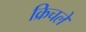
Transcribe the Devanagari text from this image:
क्रिचले